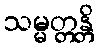
သမ္မတ္တန္တိ